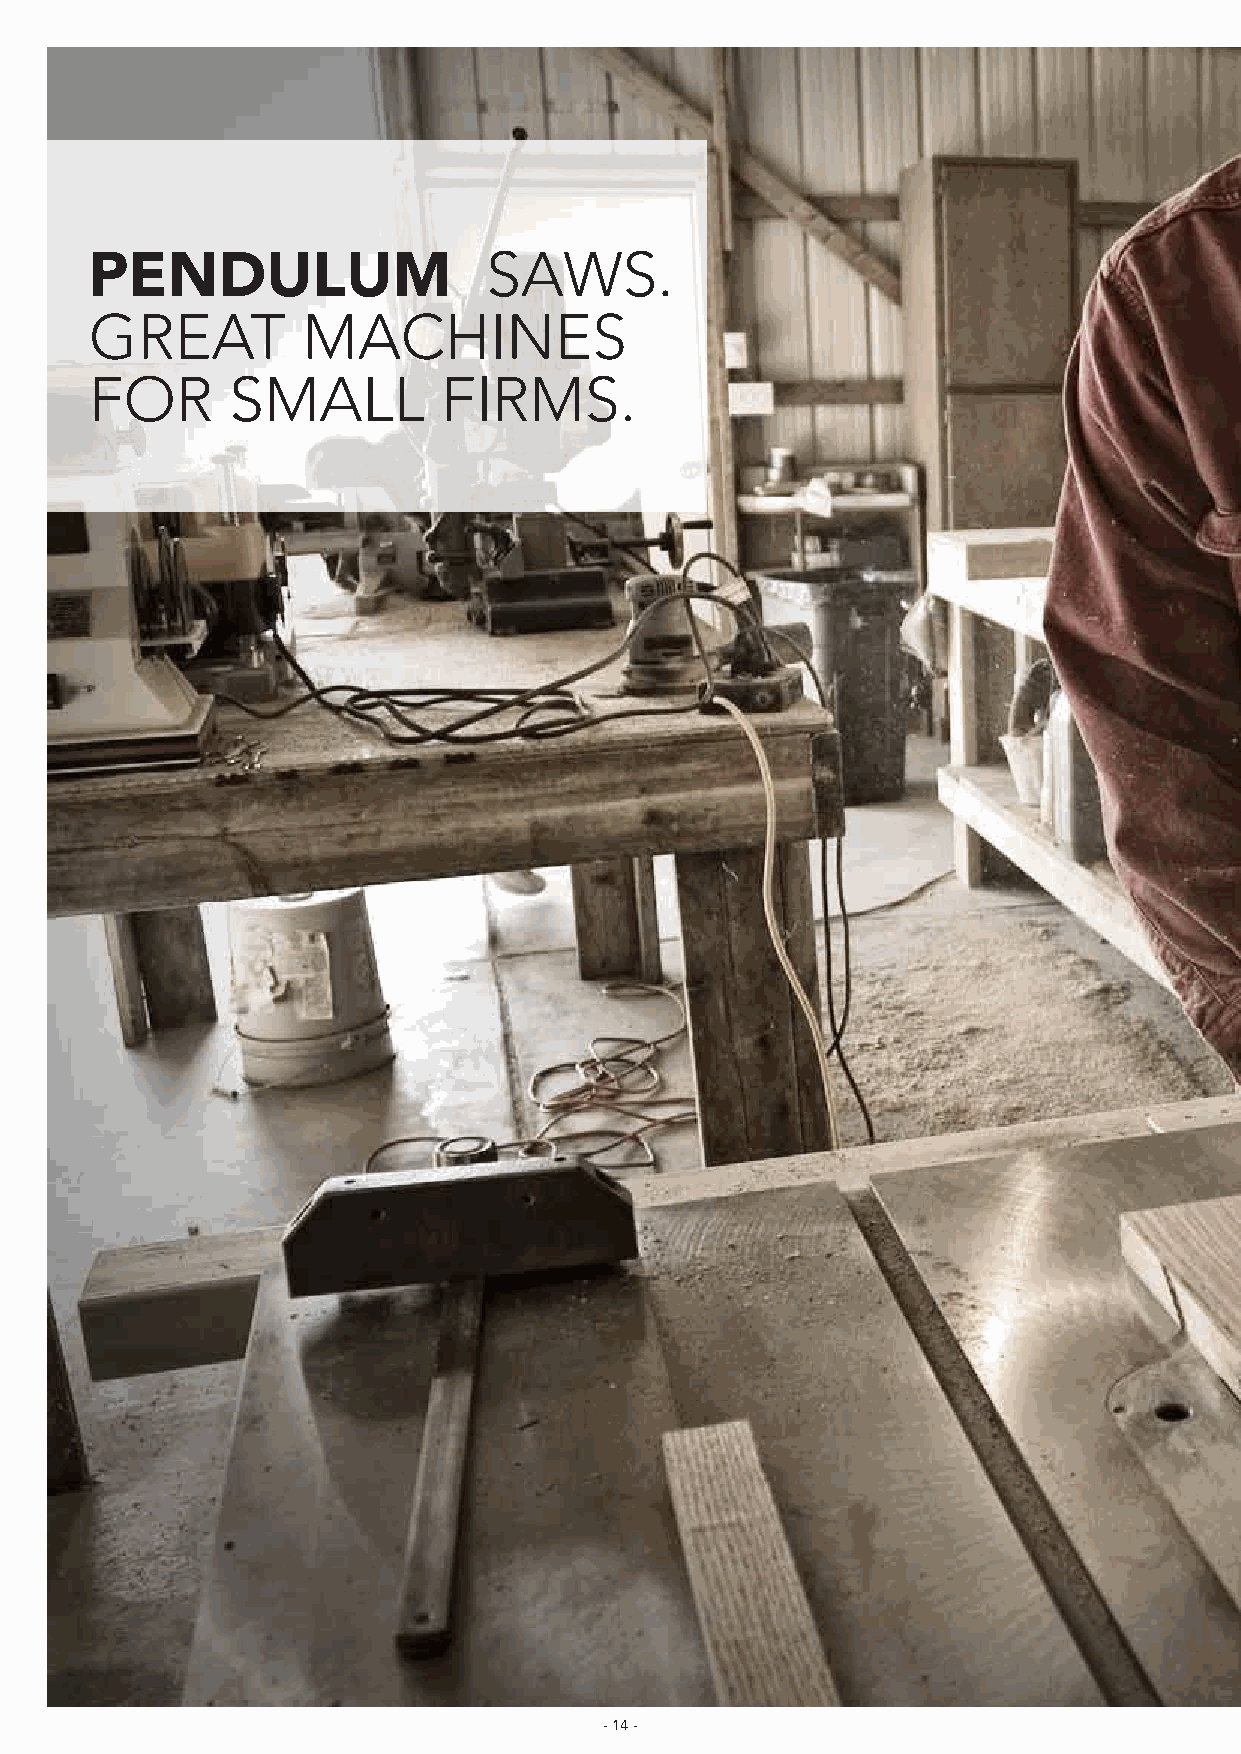
SAWS.
 PENDULUM
 GREAT         MACHINES
 FOR      SMALL         FIRMS.
 - 14 -